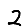
Digit: 2